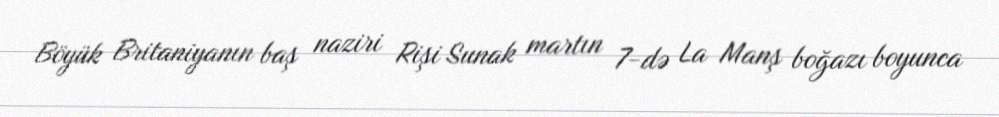
Böyük Britaniyanın baş naziri Rişi Sunak martın 7-də La Manş boğazı boyunca